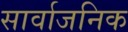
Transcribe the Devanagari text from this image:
सार्वाजनिक